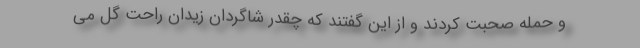
و حمله صحبت کردند و از این گفتند که چقدر شاگردان زیدان راحت گل می